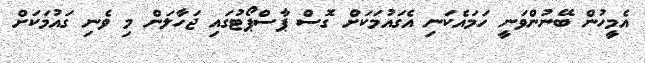
އެމީހުން ބޭނުންވަނީ ހަމައެކަނި އެގައުމަކަށް ގޮސް ޕާސްޕޯޓުގައި ޖަހާލަން މި ވެނި ގައުމަކަށް